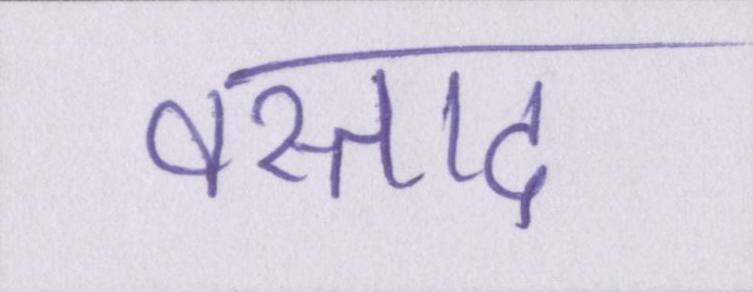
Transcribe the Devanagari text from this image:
वस्ताद